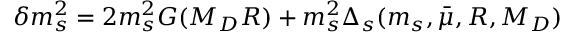
\delta m _ { s } ^ { 2 } = 2 m _ { s } ^ { 2 } G ( M _ { D } R ) + m _ { s } ^ { 2 } \Delta _ { s } ( m _ { s } , \bar { \mu } , R , M _ { D } )